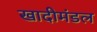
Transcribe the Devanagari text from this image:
खादीमंडल